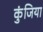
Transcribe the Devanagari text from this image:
कुंजिया